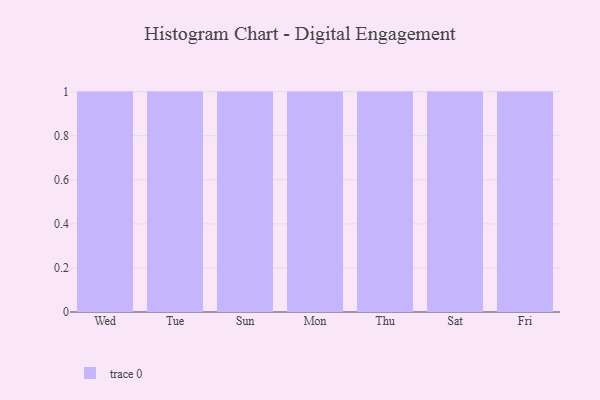
{"axis": {"x": "Day", "y": "Page Views"}, "legend": [""], "data": [{"x": "Wed", "y": 24, "type": ""}, {"x": "Tue", "y": 57, "type": ""}, {"x": "Sun", "y": 42, "type": ""}, {"x": "Mon", "y": 18, "type": ""}, {"x": "Thu", "y": 11, "type": ""}, {"x": "Sat", "y": 61, "type": ""}, {"x": "Fri", "y": 94, "type": ""}]}